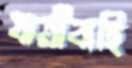
যাত্রীবাহি